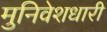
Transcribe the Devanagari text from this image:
मुनिवेशधारी